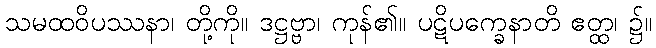
သမထဝိပဿနာ၊ တို့ကို။ ဒဋ္ဌဗ္ဗာ၊ ကုန်၏။ ပဋိပက္ခေနာတိ ဧတ္ထ၊ ၌။